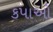
કપાઓ